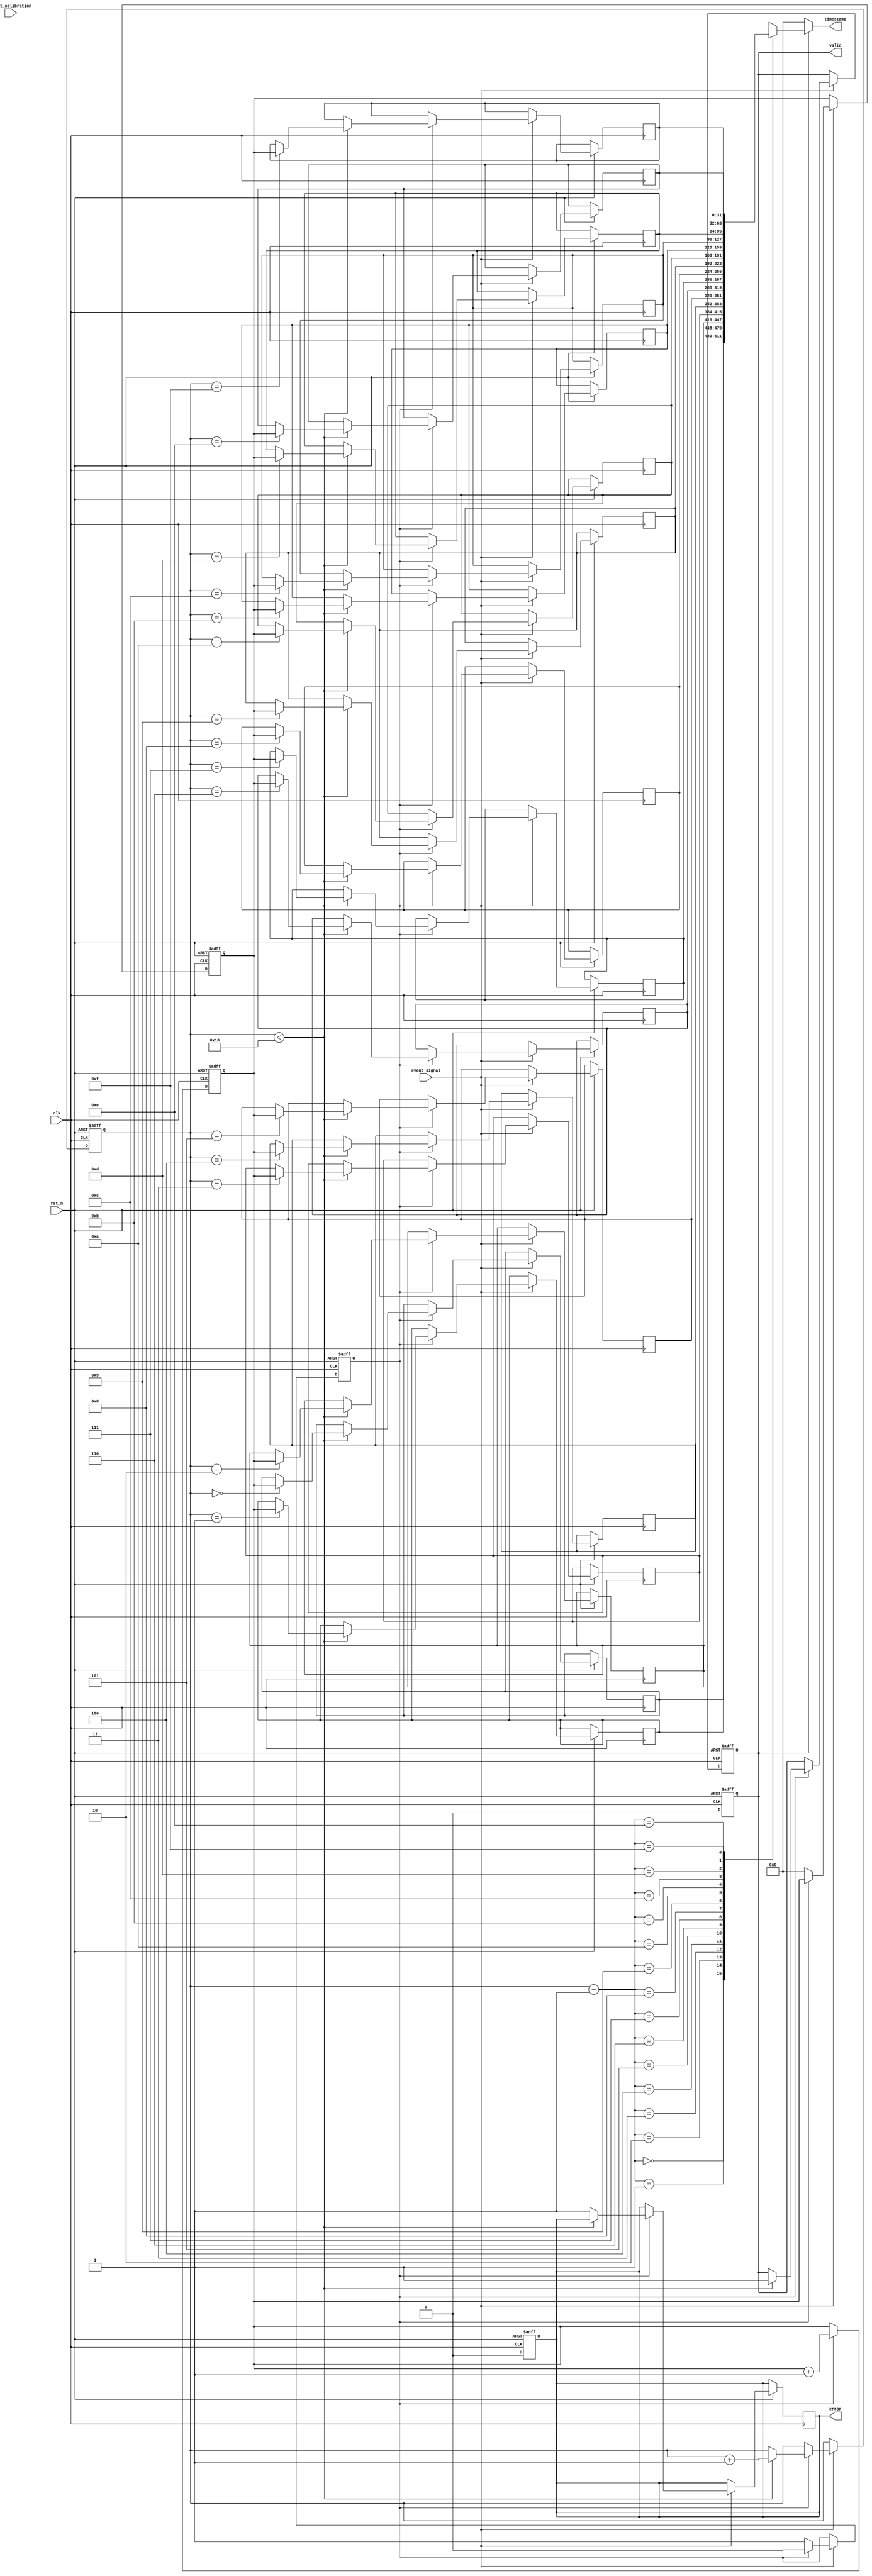
module MemoryBlocksEventTimerTDC (
    input wire clk,                // System clock
    input wire rst_n,              // Active low reset
    input wire event_signal,       // Input event signal
    input wire start_calibration,  // Start calibration mode
    output wire [31:0] timestamp,  // Output timestamp
    output wire valid,             // Valid output signal
    output wire error              // Error output signal
);

    // Parameters
    parameter MAX_EVENTS = 16;     // Maximum number of events
    parameter COUNTER_WIDTH = 32;  // Width of timer counter

    // Internal signals
    reg [COUNTER_WIDTH-1:0] timer_count;   // Timer counter
    reg [COUNTER_WIDTH-1:0] timestamps[MAX_EVENTS-1:0]; // Timestamp memory
    reg [3:0] event_index;                  // Current event index
    reg capturing;                          // Capturing state
    reg valid_reg;                          // Valid flag
    reg error_reg;                          // Error flag

    // Event Detection Unit
    always @(posedge clk or negedge rst_n) begin
        if (!rst_n) begin
            capturing <= 1'b0;
            valid_reg <= 1'b0;
            event_index <= 4'b0;
            timer_count <= 0;
        end else begin
            if (event_signal) begin
                if (!capturing) begin
                    // Start capturing
                    capturing <= 1'b1;
                    timer_count <= 0; // Reset timer
                end else begin
                    // Stop capturing
                    capturing <= 1'b0;
                    if (event_index < MAX_EVENTS) begin
                        timestamps[event_index] <= timer_count; // Store timestamp
                        event_index <= event_index + 1;
                        valid_reg <= 1'b1; // Mark valid data
                    end else begin
                        error_reg <= 1'b1; // Overflow error
                    end
                end
            end
        end
    end

    // Timer Core
    always @(posedge clk or negedge rst_n) begin
        if (!rst_n) begin
            timer_count <= 0;
        end else if (capturing) begin
            timer_count <= timer_count + 1; // Increment counter during capturing
        end
    end

    // Output Formatter
    assign timestamp = (valid_reg) ? timestamps[event_index - 1] : 32'b0; // Output latest timestamp
    assign valid = valid_reg;
    assign error = error_reg;

    // Control Logic
    always @(posedge clk or negedge rst_n) begin
        if (!rst_n) begin
            valid_reg <= 1'b0;
            error_reg <= 1'b0;
        end else begin
            if (valid_reg) begin
                valid_reg <= 1'b0; // Reset valid signal after read
            end
            if (error_reg) begin
                error_reg <= 1'b0; // Reset error signal
            end
        end
    end

endmodule